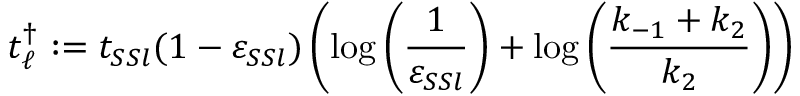
t _ { \ell } ^ { \dagger } : = t _ { S S l } ( 1 - \varepsilon _ { S S l } ) \left( \log \left( \frac { 1 } { \varepsilon _ { S S l } } \right) + \log \left( \frac { k _ { - 1 } + k _ { 2 } } { k _ { 2 } } \right) \right)